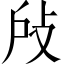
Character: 𢻻